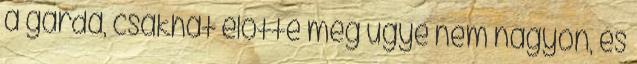
a gárda, csakhát előtte meg ugye nem nagyon, és